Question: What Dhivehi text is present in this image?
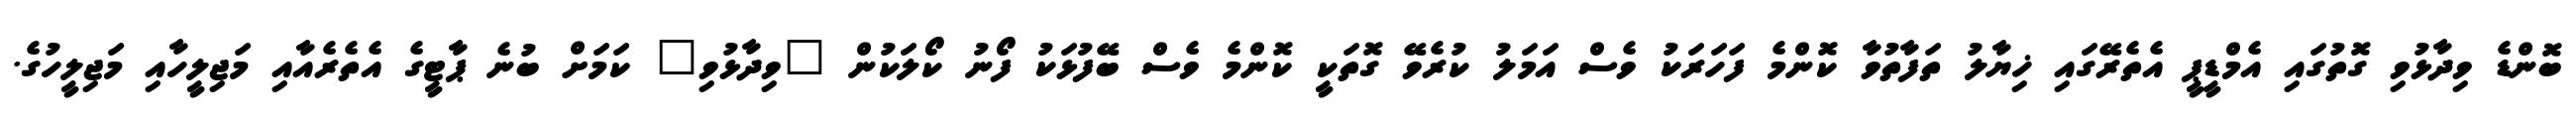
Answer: ބޮންޑެ ވިދާޅުވި ގޮތުގައި އެމްޑީޕީ އެތެރޭގައި ޚިޔާލު ތަފާތުވާ ކޮންމެ ފަހަރަކު ވެސް އަމަލު ކުރެވޭ ގޮތަކީ ކޮންމެ ވެސް ބޭފުޅަކު ފޯނު ކޯލަކުން "ވިދާޅުވި" ކަމަށް ބުނެ ޕާޓީގެ އެތެރެއާއި މަޖިލީހާއި މަޖިލީހުގެ.